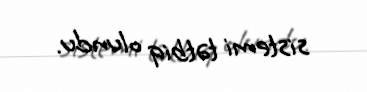
sistemi tətbiq olundu.